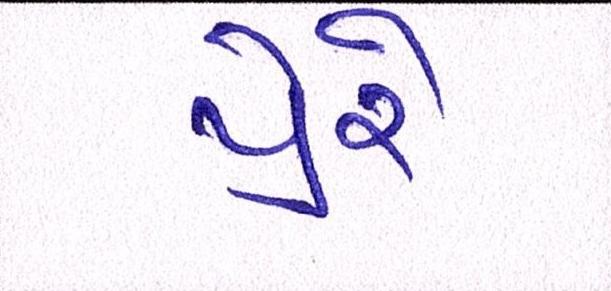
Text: પ્રેરે